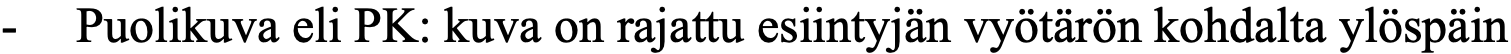
- Puolikuva eli PK: kuva on rajattu esiintyjän vyötärön kohdalta ylöspäin